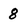
Character: 8